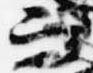
而